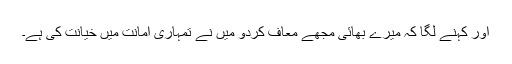
اور کہنے لگا کہ میرے بھائی مجھے معاف کردو میں نے تمہاری امانت میں خیانت کی ہے۔